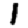
Digit: 1